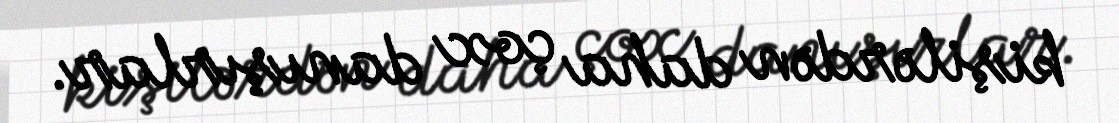
kişilərdən daha çox danışırlar.